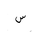
Letter: _sin